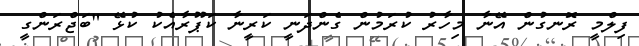
ފިލްމީ ރޮނގުން އޭނާ މިހާރު ކުރަމުން ގެންދަނީ ކަރީނާ ކަޕޫރާއެކު ކުޅޭ "ބަޖްރަންގީ